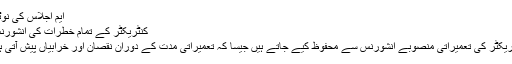
ایم اجلاس کی نوٹس
کنٹریکٹر کے تمام خطرات کی انشورنس:
کنٹریکٹر کی تعمیراتی منصوبے انشورنس سے محفوظ کیے جاتے ہیں جیسا کہ تعمیراتی مدت کے دوران نقصان اور خرابیاں پیش آتی ہیں۔